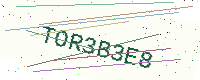
Text: TOR3B3E8